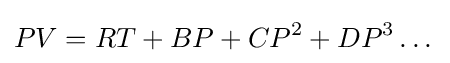
PV=RT+BP+CP^{2}+DP^{3}\dots